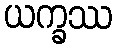
ယက္ခဿ